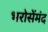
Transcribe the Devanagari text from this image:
भरोसेंमंद